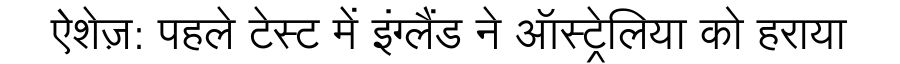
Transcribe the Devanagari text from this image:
ऐशेज़: पहले टेस्ट में इंग्लैंड ने ऑस्ट्रेलिया को हराया